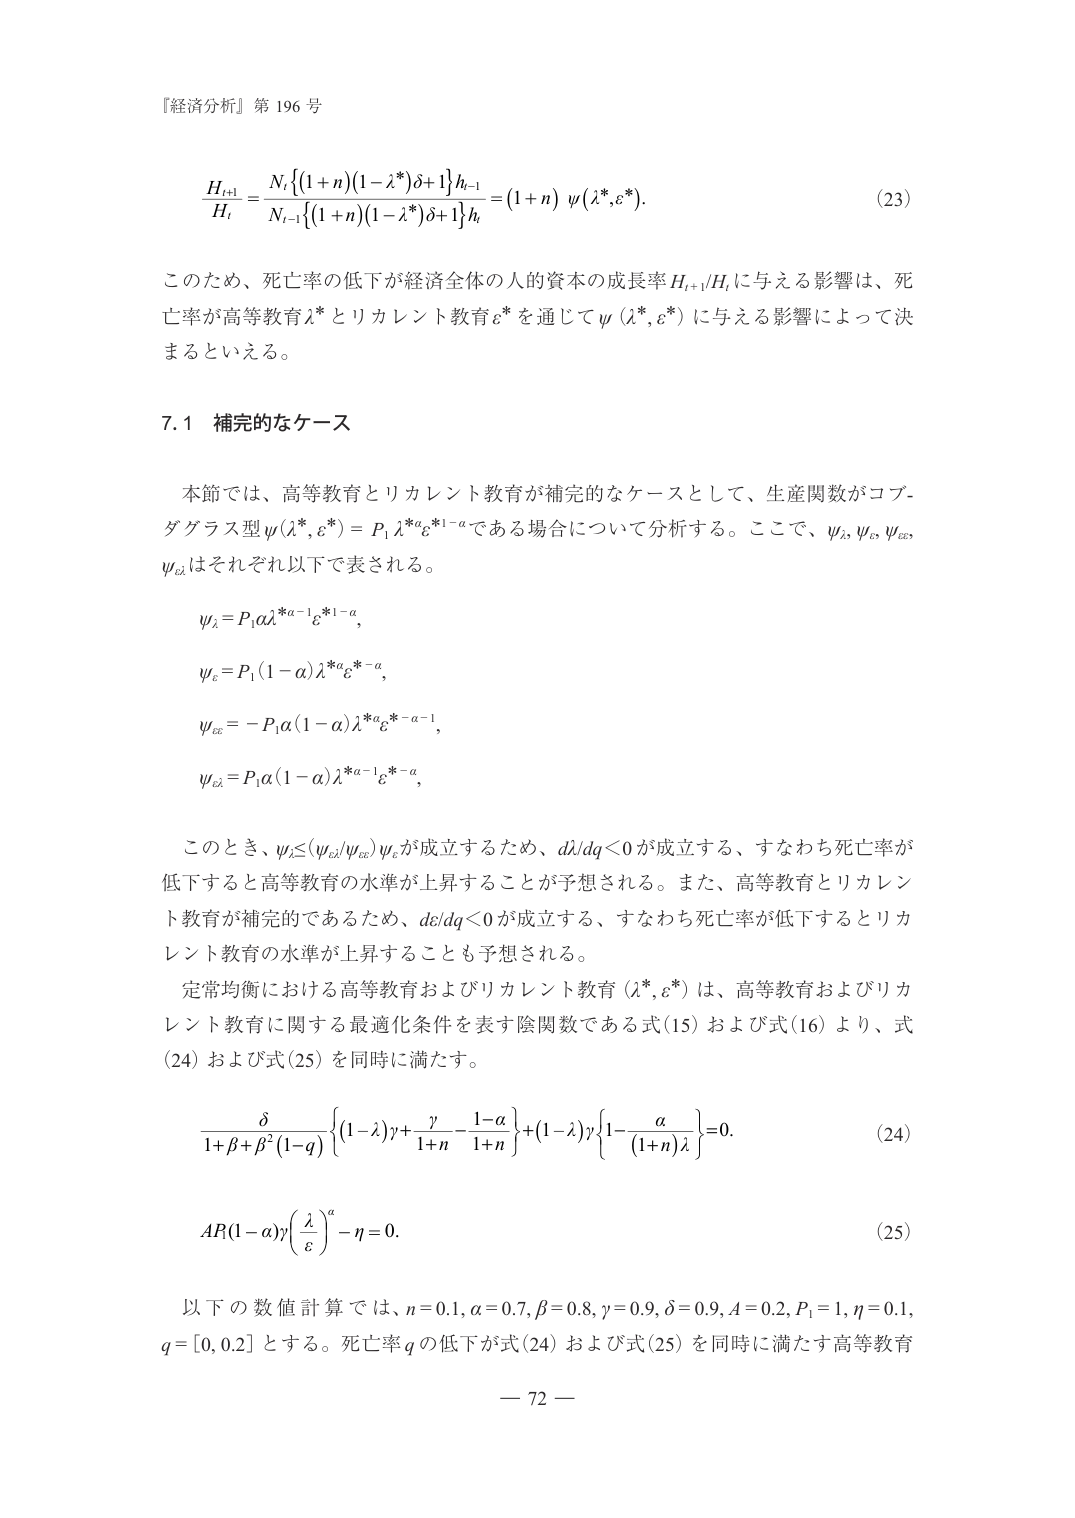
『経済分析』第 196 号

\frac{H_{t+1}}{H_t} = \frac{N_t\left\{(1+n)\left(1-\lambda^*\right)\delta+1\right\}h_{t-1}}{N_{t-1}\left\{(1+n)\left(1-\lambda^*\right)\delta+1\right\}h_t} = (1+n)\ \psi(\lambda^*,\varepsilon^*). \tag{23}

このため、死亡率の低下が経済全体の人的資本の成長率 \(H_{t+1}/H_t\) に与える影響は、死亡率が高等教育 \(\lambda^*\) とリカレント教育 \(\varepsilon^*\) を通じて \(\psi(\lambda^*,\varepsilon^*)\) に与える影響によって決まるといえる。

7.1 補完的なケース

本節では、高等教育とリカレント教育が補完的なケースとして、生産関数がコブ・ダグラス型 \(\psi(\lambda^*,\varepsilon^*) = P_1 \lambda^{*\alpha} \varepsilon^{*1-\alpha}\) である場合について分析する。ここで、\(\psi_\lambda, \psi_\varepsilon, \psi_{\varepsilon\varepsilon}, \psi_{\varepsilon\lambda}\) はそれぞれ以下で表される。

\psi_\lambda = P_1 \alpha \lambda^{*\alpha-1} \varepsilon^{*1-\alpha},

\psi_\varepsilon = P_1 (1-\alpha) \lambda^{*\alpha} \varepsilon^{*-a},

\psi_{\varepsilon\varepsilon} = -P_1 \alpha (1-\alpha) \lambda^{*\alpha} \varepsilon^{*-a-1},

\psi_{\varepsilon\lambda} = P_1 \alpha (1-\alpha) \lambda^{*\alpha-1} \varepsilon^{*-a},

このとき、\(\psi_\varepsilon \leq (\psi_{\varepsilon\lambda}/\psi_{\varepsilon\varepsilon}) \psi_\lambda\) が成立するため、\(d\lambda/dq < 0\) が成立する、すなわち死亡率が低下すると高等教育の水準が上昇することが予想される。また、高等教育とリカレント教育が補完的であるため、\(d\varepsilon/dq < 0\) が成立する、すなわち死亡率が低下するとリカレント教育の水準が上昇することも予想される。

定常均衡における高等教育およびリカレント教育 \((\lambda^*, \varepsilon^*)\) は、高等教育およびリカレント教育に関する最適化条件を表す陰関数である式(15) および式(16) より、式(24) および式(25) を同時に満たす。

\frac{\delta}{1+\beta+\beta^2(1-q)} \left\{ (1-\lambda)\gamma + \frac{\gamma}{1+n} - \frac{1-\alpha}{1+n} \right\} + (1-\lambda)\gamma \left\{ 1 - \frac{\alpha}{(1+n)\lambda} \right\} = 0. \tag{24}

AR(1-\alpha)\gamma \left( \frac{\lambda}{\varepsilon} \right)^\alpha - \eta = 0. \tag{25}

以下の数値計算では、\(n=0.1, \alpha=0.7, \beta=0.8, \gamma=0.9, \delta=0.9, A=0.2, P_1=1, \eta=0.1, q=[0,0.2]\) とする。死亡率 \(q\) の低下が式(24) および式(25) を同時に満たす高等教育

— 72 —